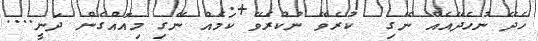
ހެދޭ ނުހެދޭއެއް ނޭގި  ކުރެވޭ ނުކުރެވޭ ކަމެއް ނޭގި މިއޮއްގެން ދަނީ....